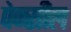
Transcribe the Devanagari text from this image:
पेन्सील